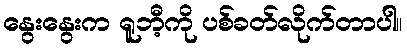
နွေးနွေးက ရူဘီ့ကို ပစ်ခတ်လိုက်တာပါ။